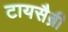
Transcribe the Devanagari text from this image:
टायसैब्री